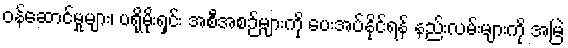
ဝန်ဆောင်မှုများ၊ ပရိုမိုးရှင်း အစီအစဉ်များကို ပေးအပ်နိုင်ရန် နည်းလမ်းများကို အမြဲ